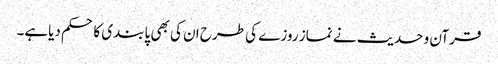
قرآن و حدیث نے نماز روزے کی طرح ان کی بھی پابندی کا حکم دیاہے۔